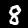
Label: 8